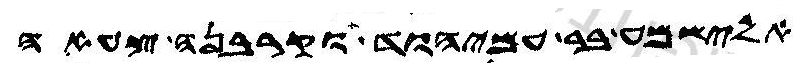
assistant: אלישמע בר עמיהוד וקרבנה צעאה